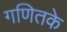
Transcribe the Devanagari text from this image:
गणितके